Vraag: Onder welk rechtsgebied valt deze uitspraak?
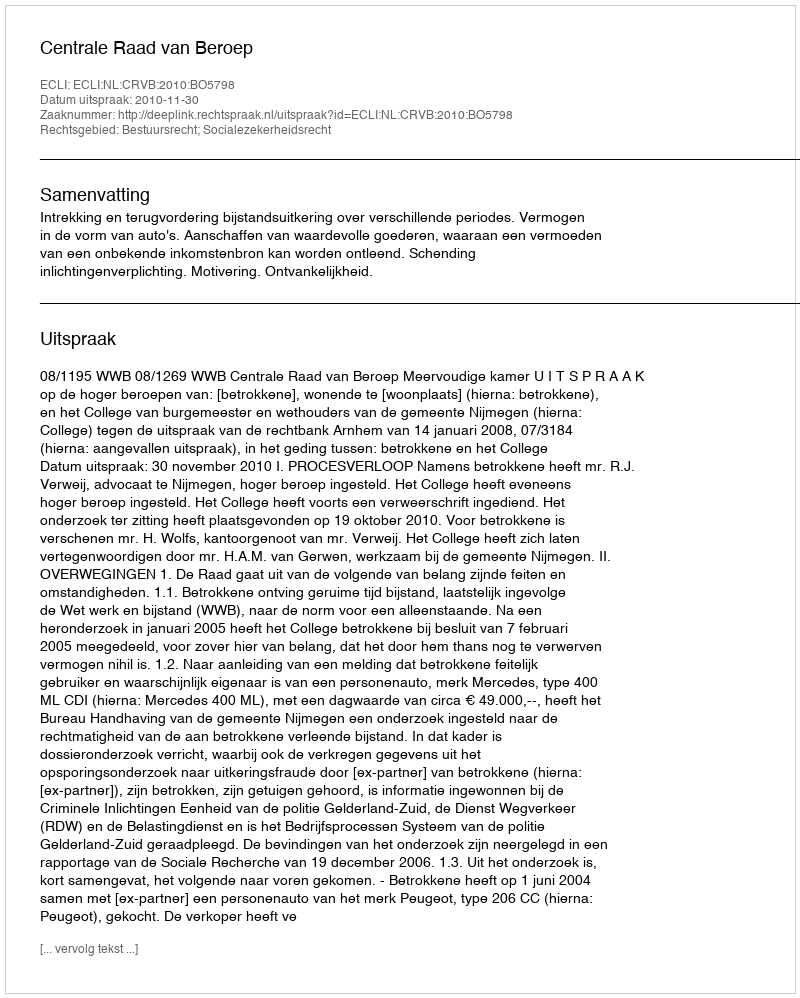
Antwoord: Bestuursrecht; Socialezekerheidsrecht